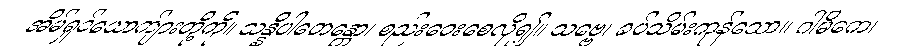
အိမ်ရှင်ယောက်ျားတို့ကို။ သန္နိပါတေန္တော၊ စည်းဝေးစေလို၍။ သဗ္ဗေ၊ ခပ်သိမ်းကုန်သော။ ဂါမိကေ၊